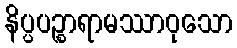
နိပ္ပပဉ္စာရာမဿာဝုသော